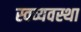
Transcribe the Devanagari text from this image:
स्वव्यवस्था